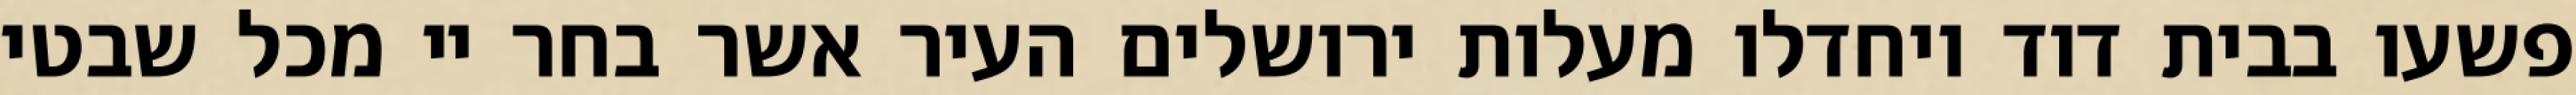
פשעו בבית דוד ויחדלו מעלות ירושלים העיר אשר בחר יי מכל שבטי